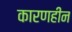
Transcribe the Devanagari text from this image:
कारणहीन